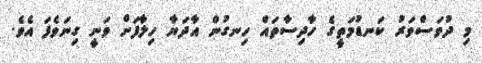
މި ދުވަސްވަރު ކަނޑުމަތީގެ ހާދިސާތައް ހިނގުން އާދަޔާ ހިލާފަށް ވަނީ ގިނަވެފަ އެވެ.